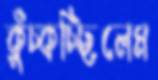
কুঁচ্‌কচ্ছিলেম